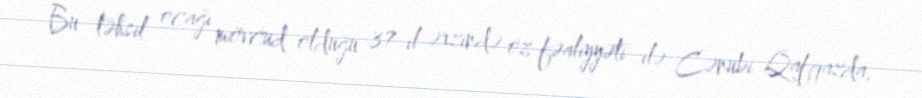
Bu təhsil ocağı mövcud olduğu 37 il ərzində öz fəaliyyəti ilə Cənubi Qafqazda,